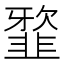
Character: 𩐆